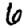
Digit: 6